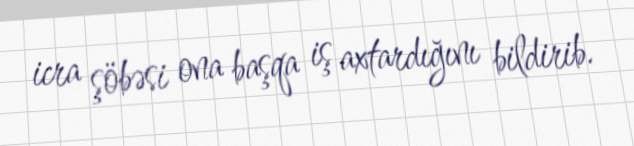
icra şöbəsi ona başqa iş axtardığını bildirib.